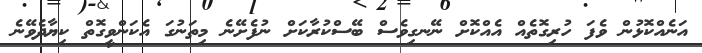
އަނެއްކޮޅުން ވެފަ ހުރިގޮތެއް އެއްކޮށް ނޭނގިވެސް ބޭސްކުރާކަށް ނުފެށޭނެ މިތަނުގަ އެކަންވީގޮތް ކިޔާދެވޭނެ